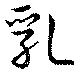
乳